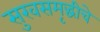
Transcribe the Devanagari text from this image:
सुखसमृद्धीचे